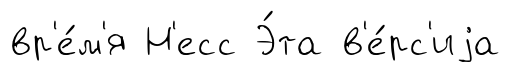
вр'е́м'я Н'есс Э́та в'е́рс'иjа